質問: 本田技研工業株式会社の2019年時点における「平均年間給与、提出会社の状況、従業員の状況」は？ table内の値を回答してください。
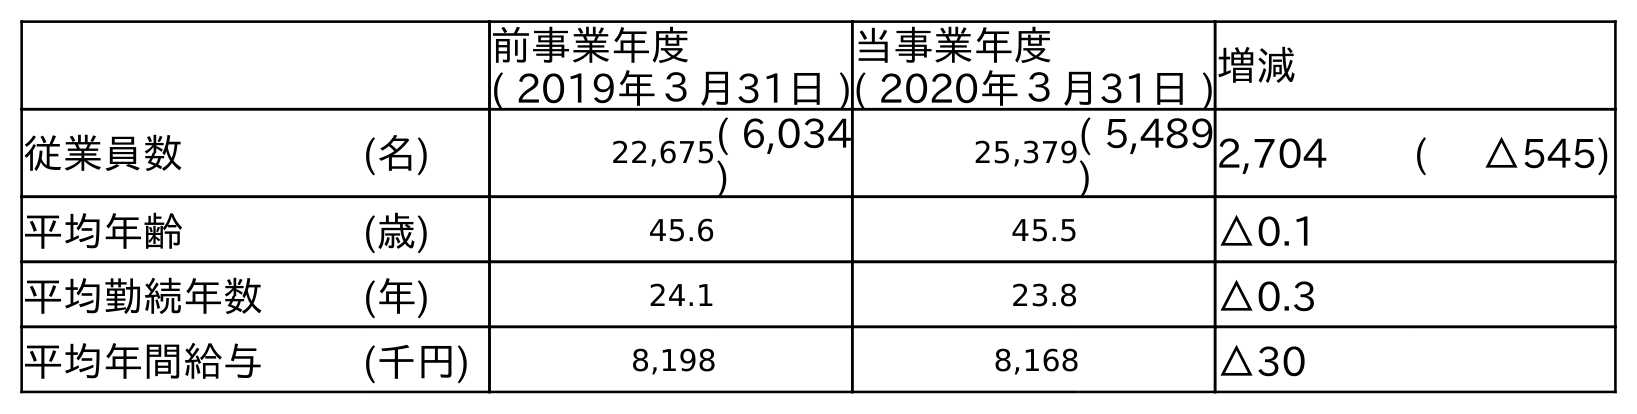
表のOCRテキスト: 前事業年度 ( 2019年３月31日 ) 当事業年度 ( 2020年３月31日 )増減 従業員数 (名) 22,675( 6,034 ) 25,379( 5,489 ) 2,704 ( △545) 平均年齢 (歳) 45.6 45.5 △0.1 平均勤続年数 (年) 24.1 23.8 △0.3 平均年間給与 (千円) 8,198 8,168 △30
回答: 8,198